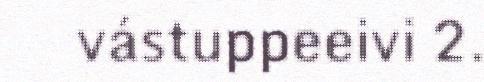
vástuppeeivi 2.